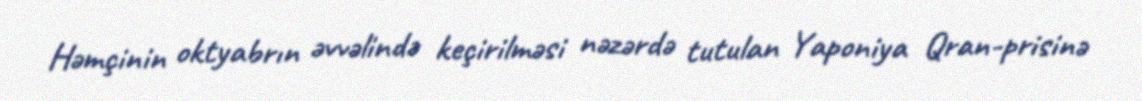
Həmçinin oktyabrın əvvəlində keçirilməsi nəzərdə tutulan Yaponiya Qran-prisinə